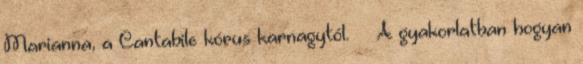
Marianna, a Cantabile kórus karnagytól. ·· A gyakorlatban hogyan